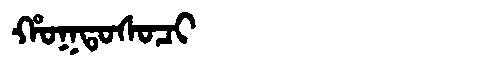
Manchu: ᡥᠣᡴᡨᠣᠰᠣᠴᡳ
Romanization: HOKTOSOCI